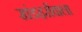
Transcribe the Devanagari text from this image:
खंडहरोंवाला